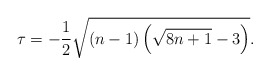
\begin{align*}\tau=-\frac{1}{2}\sqrt{(n-1)\left(\sqrt{8n+1}-3\right)}. \end{align*}